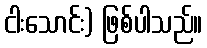
ငါးသောင်း) ဖြစ်ပါသည်။